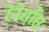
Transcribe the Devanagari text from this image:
रेनेसाँस